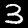
Digit: 3